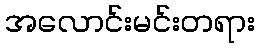
အလောင်းမင်းတရား